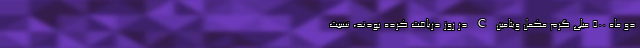
دو ماه 500 میلی گرم مکمل ویتامین C در روز دریافت کرده بودند، نسبت